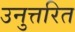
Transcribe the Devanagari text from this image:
उनुत्तरित